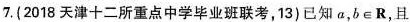
7.(2018天津十二所重点中学毕业班联考，13)已知a，b∈R，且